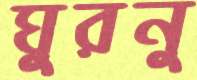
ঘুরনু